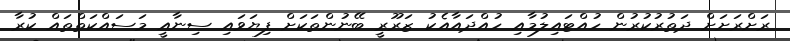
ރަށްރަށަށް ދަތުރުކުރުން ހުއްޓައިލުމާއި ހުއްދައާއެކު ޒަރޫރީ ބޭނުންތަކަށް ފިޔަވައި ސިނާއީ މަސައްކަތްތައް ކުރާ